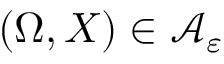
( \Omega , X ) \in \mathcal A _ { \varepsilon }